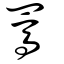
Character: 罵